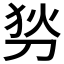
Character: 𠜓